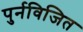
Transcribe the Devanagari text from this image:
पुर्नविजित